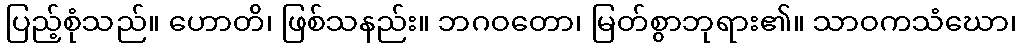
ပြည့်စုံသည်။ ဟောတိ၊ ဖြစ်သနည်း။ ဘဂဝတော၊ မြတ်စွာဘုရား၏။ သာဝကသံဃော၊